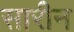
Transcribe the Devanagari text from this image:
सारीन